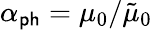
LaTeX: \alpha_{\sf ph}=\mu_{0}/\tilde{\mu}_{0}